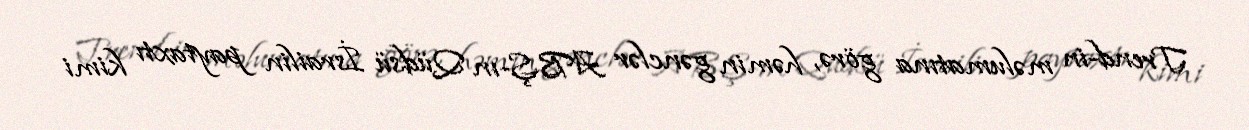
Trend-in məlumatına görə, həmin gənclər ABŞ-ın Qüdsü İsrailin paytaxtı kimi